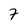
Character: 7